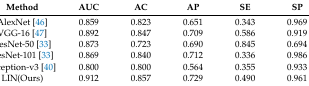
| Method | AUC | AC | AP | SE | SP |
 | --- | --- | --- | --- | --- | --- |
 | AlexNet [46] | 0.859 | 0.823 | 0.651 | 0.343 | 0.969 |
 | VGG-16 [47] | 0.892 | 0.847 | 0.709 | 0.586 | 0.919 |
 | ResNet-50 [33] | 0.873 | 0.723 | 0.690 | 0.845 | 0.694 |
 | ResNet-101 [33] | 0.869 | 0.840 | 0.712 | 0.336 | 0.986 |
 | Inception-v3 [40] | 0.800 | 0.800 | 0.564 | 0.355 | 0.933 |
 | LIN(Ours) | 0.912 | 0.857 | 0.729 | 0.490 | 0.961 |